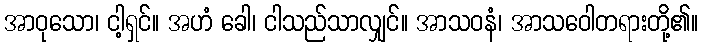
အာဝုသော၊ ငါ့ရှင်။ အဟံ ခေါ၊ ငါသည်သာလျှင်။ အာသဝနံ၊ အာသဝေါတရားတို့၏။